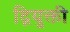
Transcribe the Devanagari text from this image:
द्नियुक्ती